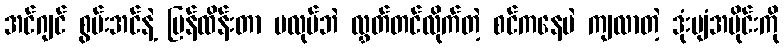
အင်ဂျင် စွမ်းအင်နဲ့ ပြန်ထိန်းတာ မလုပ်ဘဲ လွှတ်တင်လိုက်တဲ့ စင်ကနေပဲ ကျလာတဲ့ ဒုံးပျံအပိုင်းကို